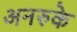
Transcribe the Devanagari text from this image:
अनरुके